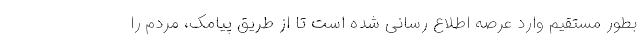
بطور مستقیم وارد عرصه اطلاع رسانی شده است تا از طریق پیامک، مردم را